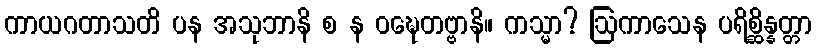
ကာယဂတာသတိ ပန အသုဘာနိ စ န ဝဍ္ဎေတဗ္ဗာနိ။ ကသ္မာ? ဩကာသေန ပရိစ္ဆိန္နတ္တာ